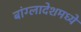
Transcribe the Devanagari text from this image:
बांग्लादेशमध्ये